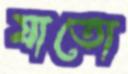
যাতো